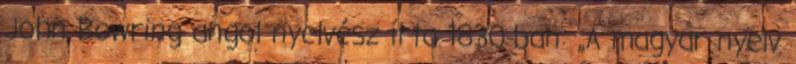
John Bowring angol nyelvész írta 1830-ban: „A magyar nyelv